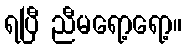
ရပြီ ညီမရော့ရော့။